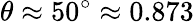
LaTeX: \theta\approx 50^{\circ}\approx 0.873